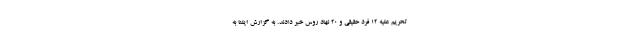
تحریم علیه ۱۲ فرد حقیقی و ۲۰ نهاد روس خبر دادند. به گزارش ایلنا به